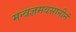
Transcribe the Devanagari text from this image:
मन्त्रज्ञमवसानीनं